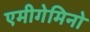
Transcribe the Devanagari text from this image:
एमीगेमिनो